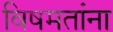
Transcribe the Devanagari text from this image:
विषमतांना